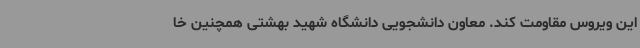
این ویروس مقاومت کند. معاون دانشجویی دانشگاه شهید بهشتی همچنین خا